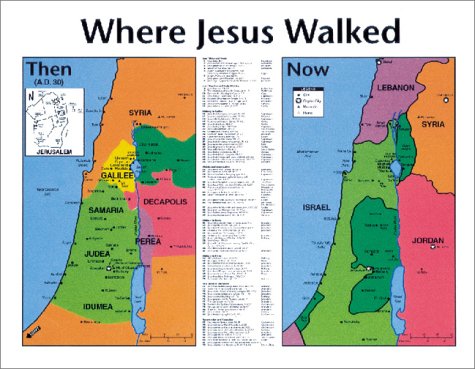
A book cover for Where Jesus Walked: Then and Now: Wall Chart 20x26 Inches Laminated; Christian Books & Bibles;